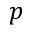
p